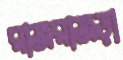
রাজরাজড়া